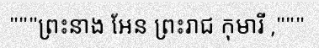
"""ព្រះនាង អែន ព្រះរាជ កុមារី ,"""